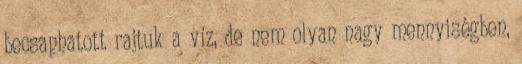
becsaphatott rajtuk a víz, de nem olyan nagy mennyiségben,